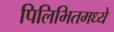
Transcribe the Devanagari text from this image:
पिलिभितमध्ये